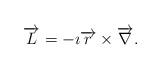
LaTeX: \begin{align*} \overrightarrow{L}=-\imath \overrightarrow{r}\times \overrightarrow{\nabla} .\end{align*}